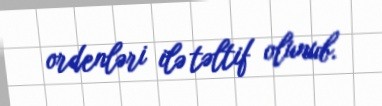
ordenləri ilə təltif olunub.